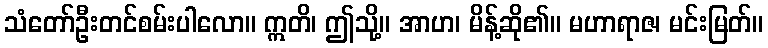
သံတော်ဦးတင်စမ်းပါလော။ ဣတိ၊ ဤသို့။ အာဟ၊ မိန့်ဆို၏။ မဟာရာဇ၊ မင်းမြတ်။